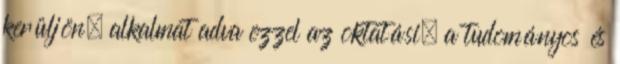
kerüljön, alkalmat adva ezzel az oktatási, a tudományos és